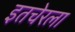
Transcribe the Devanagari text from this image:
इतचेरला